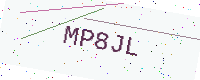
Text: MP8JL